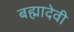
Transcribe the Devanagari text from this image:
बह्मादेवी